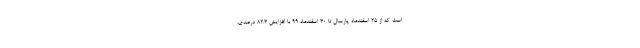
است که از ۲۵ اسفندماه پارسال تا ۳۰ اسفندماه ۹۹ با افزایش ۸۲.۳ درصدی،